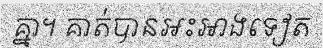
គ្នា។ គាត់បានអះអាងទៀត